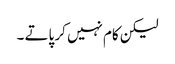
لیکن کام نہیں کر پاتے ۔